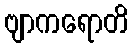
ဗျာကရောတိ